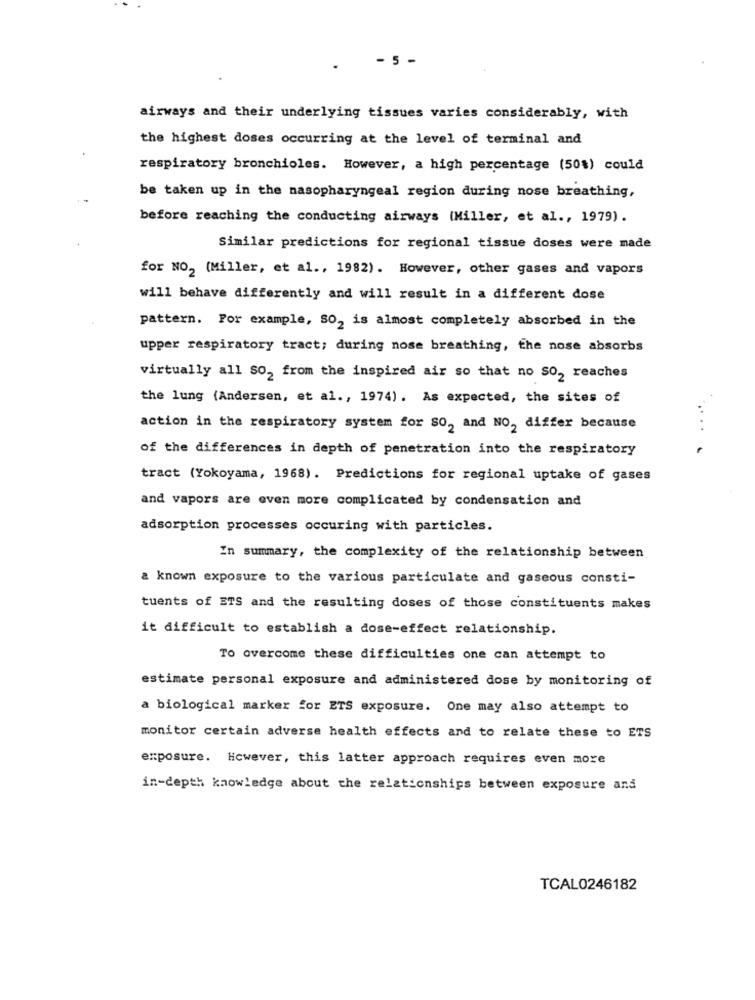
- 5
airways and their underlying tissues varies considerably, with
the highest doses occurring at the level of terminal and
respiratory bronchioles. However, a high percentage (50%) could
be taken up in the nasopharyngeal region during nose breathing,
before reaching the conducting airways (Miller, et al ., 1979).
Similar predictions for regional tissue doses were made
for NO2 (Miller, et al ., 1982). However, other gases and vapors
will behave differently and will result in a different dose
pattern. For example, SO, is almost completely absorbed in the
upper respiratory tract; during nose breathing, the nose absorbs
virtually all SO, from the inspired air so that no SO2 reaches
the lung (Andersen, et al ., 1974). As expected, the sites of
action in the respiratory system for SO, and NO, differ because
of the differences in depth of penetration into the respiratory
tract (Yokoyama, 1968). Predictions for regional uptake of gases
and vapors are even more complicated by condensation and
adsorption processes occuring with particles.
In summary, the complexity of the relationship between
& known exposure to the various particulate and gaseous consti-
tuents of ETS and the resulting doses of those constituents makes
it difficult to establish a dose-effect relationship.
To overcome these difficulties one can attempt to
estimate personal exposure and administered dose by monitoring of
a biological marker for ETS exposure. One may also attempt to
monitor certain adverse health effects and to relate these to ETS
exposure. However, this latter approach requires even more
in-depth knowledge about the relationships between exposure and
TCAL0246182